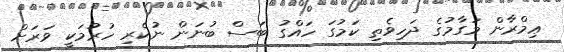
ޢިމްރާން މަގާމުގެ ދަހިވެތި ކަމުގަ ހައްގު ބަސް ބުނަން ނުކެރި ހުރުމަކީ ވަރަށް